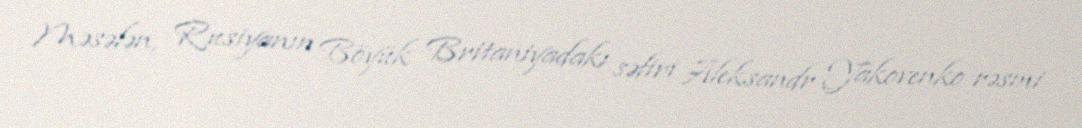
Məsələn, Rusiyanın Böyük Britaniyadakı səfiri Aleksandr Yakovenko rəsmi